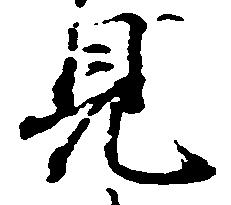
見